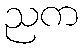
ညက